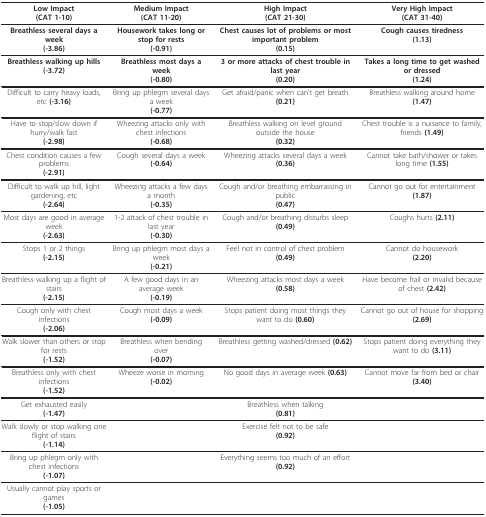
<table><thead><tr><td><b>Low Impact(CAT 1-10)</b></td><td><b>Medium Impact(CAT 11-20)</b></td><td><b>High Impact(CAT 21-30)</b></td><td><b>Very High Impact(CAT 31-40)</b></td></tr></thead><tbody><tr><td>Breathless several days a week<b>(-3.86)</b></td><td>Housework takes long or stop for rests<b>(-0.91)</b></td><td>Chest causes lot of problems or most important problem<b>(0.15)</b></td><td>Cough causes tiredness<b>(1.13)</b></td></tr><tr><td>Breathless walking up hills<b>(-3.72)</b></td><td>Breathless most days a week<b>(-0.80)</b></td><td>3 or more attacks of chest trouble in last year<b>(0.20)</b></td><td>Takes a long time to get washed or dressed<b>(1.24)</b></td></tr><tr><td>Difficult to carry heavy loads, etc <b>(-3.16)</b></td><td>Bring up phlegm several days a week<b>(-0.77)</b></td><td>Get afraid/panic when can&#x27;t get breath<b>(0.21)</b></td><td>Breathless walking around home<b>(1.47)</b></td></tr><tr><td>Have to stop/slow down if hurry/walk fast<b>(-2.98)</b></td><td>Wheezing attacks only with chest infections<b>(-0.68)</b></td><td>Breathless walking on level ground outside the house<b>(0.32)</b></td><td>Chest trouble is a nuisance to family, friends <b>(1.49)</b></td></tr><tr><td>Chest condition causes a few problems<b>(-2.91)</b></td><td>Cough several days a week<b>(-0.64)</b></td><td>Wheezing attacks several days a week<b>(0.36)</b></td><td>Cannot take bath/shower or takes long time <b>(1.55)</b></td></tr><tr><td>Difficult to walk up hill, light gardening, etc<b>(-2.64)</b></td><td>Wheezing attacks a few days a month<b>(-0.35)</b></td><td>Cough and/or breathing embarrassing in public<b>(0.47)</b></td><td>Cannot go out for entertainment <b>(1.87)</b></td></tr><tr><td>Most days are good in average week<b>(-2.63)</b></td><td>1-2 attack of chest trouble in last year<b>(-0.30)</b></td><td>Cough and/or breathing disturbs sleep<b>(0.49)</b></td><td>Coughs hurts <b>(2.11)</b></td></tr><tr><td>Stops 1 or 2 things<b>(-2.15)</b></td><td>Bring up phlegm most days a week<b>(-0.21)</b></td><td>Feel not in control of chest problem <b>(0.49)</b></td><td>Cannot do housework<b>(2.20)</b></td></tr><tr><td>Breathless walking up a flight of stairs<b>(-2.15)</b></td><td>A few good days in an average week<b>(-0.19)</b></td><td>Wheezing attacks most days a week<b>(0.58)</b></td><td>Have become frail or invalid because of chest <b>(2.42)</b></td></tr><tr><td>Cough only with chest infections<b>(-2.06)</b></td><td>Cough most days a week<b>(-0.09)</b></td><td>Stops patient doing most things they want to do <b>(0.60)</b></td><td>Cannot go out of house for shopping<b>(2.69)</b></td></tr><tr><td>Walk slower than others or stop for rests<b>(-1.52)</b></td><td>Breathless when bending over<b>(-0.07)</b></td><td>Breathless getting washed/dressed <b>(0.62)</b></td><td>Stops patient doing everything they want to do <b>(3.11)</b></td></tr><tr><td>Breathless only with chest infections<b>(-1.52)</b></td><td>Wheeze worse in morning<b>(-0.02)</b></td><td>No good days in average week <b>(0.63)</b></td><td>Cannot move far from bed or chair <b>(3.40)</b></td></tr><tr><td>Get exhausted easily<b>(-1.47)</b></td><td></td><td>Breathless when talking<b>(0.81)</b></td><td></td></tr><tr><td>Walk slowly or stop walking one flight of stairs<b>(-1.14)</b></td><td></td><td>Exercise felt not to be safe<b>(0.92)</b></td><td></td></tr><tr><td>Bring up phlegm only with chest infections<b>(-1.07)</b></td><td></td><td>Everything seems too much of an effort<b>(0.92)</b></td><td></td></tr><tr><td>Usually cannot play sports or games<b>(-1.05)</b></td><td></td><td></td><td></td></tr></tbody></table>